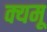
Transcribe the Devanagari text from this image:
क्यमू